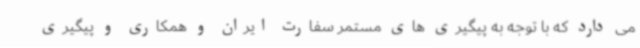
می دارد که با توجه به پیگیری های مستمر سفارت ایران و همکاری و پیگیری